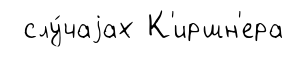
слу́чаjах К'иршн'ера